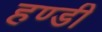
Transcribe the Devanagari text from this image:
हण्डी